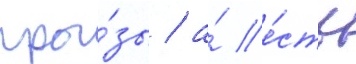
про́зы / а́ е́сть